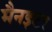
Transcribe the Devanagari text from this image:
मैनइटर